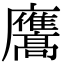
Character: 𭚑